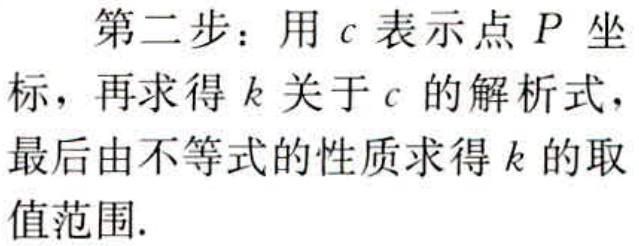
第二步：用\(c\)表示点\(P\)坐标，再求得\(k\)关于\(c\)的解析式，最后由不等式的性质求得\(k\)的取值范围.